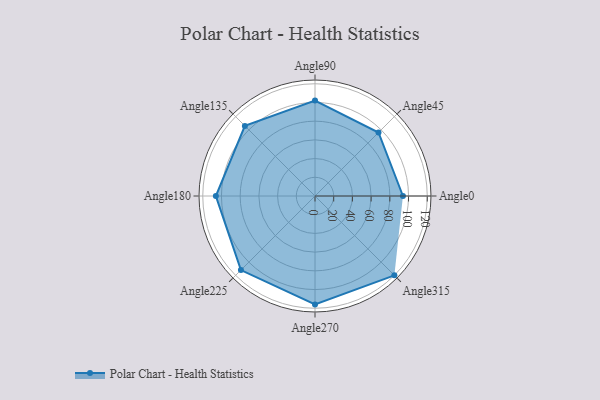
{"axis": {"x": "Angle", "y": "Radius"}, "legend": [""], "data": [{"x": "Angle0", "y": 94.0, "type": ""}, {"x": "Angle45", "y": 96.0, "type": ""}, {"x": "Angle90", "y": 102.0, "type": ""}, {"x": "Angle135", "y": 106.0, "type": ""}, {"x": "Angle180", "y": 106.0, "type": ""}, {"x": "Angle225", "y": 112.0, "type": ""}, {"x": "Angle270", "y": 116.0, "type": ""}, {"x": "Angle315", "y": 120.0, "type": ""}]}